Scottish Leaving Certificate Examination, 1958
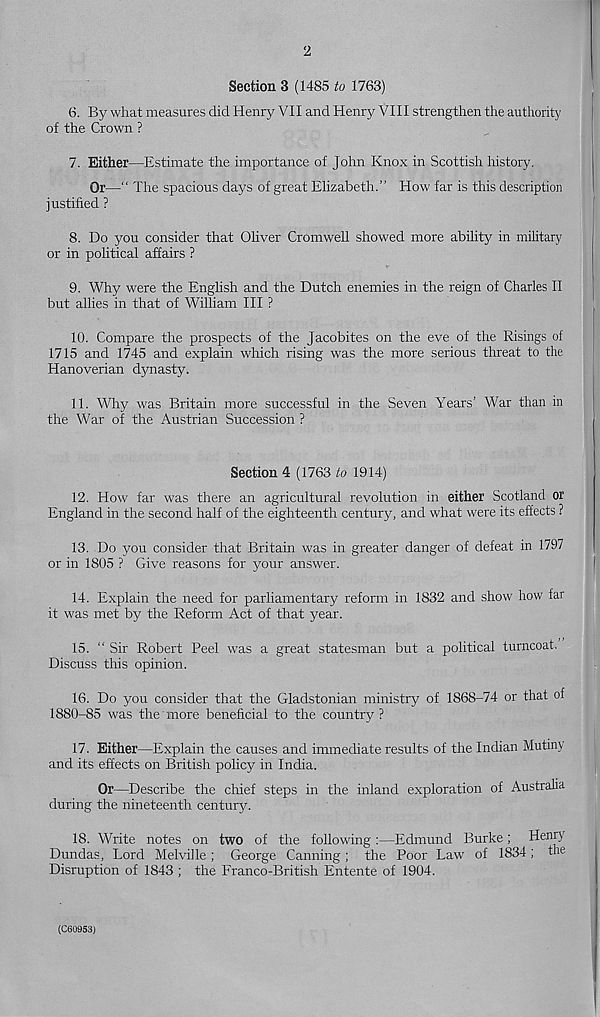
2
Section 3 (1485 to 1763)
6. By what measures did Henry VII and Henry VIII strengthen the authority
of the Crown ?
7. Either—Estimate the importance of John Knox in Scottish history.
Or—“ The spacious days of great Elizabeth.” How far is this description
justified ?
8. Do you consider that Oliver Cromwell showed more ability in military
or in political affairs ?
9. Why were the English and the Dutch enemies in the reign of Charles II
but allies in that of William III ?
10. Compare the prospects of the Jacobites on the eve of the Risings of
1715 and 1745 and explain which rising was the more serious threat to the
Hanoverian dynasty.
11. Why was Britain more successful in the Seven Years' War than in
the War of the Austrian Succession ?
Section 4 (1763 to 1914)
12. How far was there an agricultural revolution in either Scotland or
England in the second half of the eighteenth century, and what were its effects ?
13. Do you consider that Britain -was in greater danger of defeat in 1797
or in 1805 ? Give reasons for your answer.
14. Explain the need for parliamentary reform in 1832 and show how far
it was met by the Reform Act of that year.
15. “ Sir Robert Peel was a great statesman but a political turncoat.
Discuss this opinion.
16. Do you consider that the Gladstonian ministry of 1868-74 or that of
1880-85 was the more beneficial to the country?
17. Either—Explain the causes and immediate results of the Indian Mutiny
and its effects on British policy in India.
Or—Describe the chief steps in the inland exploration of Austraha
during the nineteenth century.
18. Write notes on two of the following :—Edmund Burke ; Henry
Dundas, Lord Melville ; George Canning; the Poor Law of 1834; the
Disruption of 1843 ; the Franco-British Entente of 1904.
(C60953)